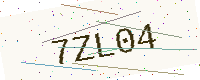
Text: 7ZL04